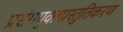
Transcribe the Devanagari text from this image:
प्रसंगयुक्तप्रस्तुतिकरण